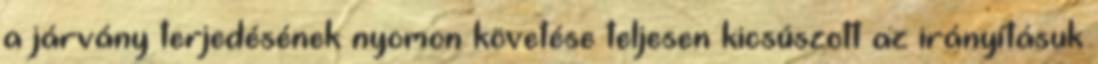
a járvány terjedésének nyomon követése teljesen kicsúszott az irányításuk